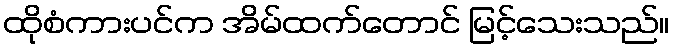
ထိုစံကားပင်က အိမ်ထက်တောင် မြင့်သေးသည်။